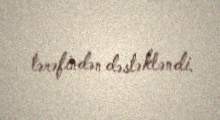
tərəfindən dəstəkləndi.